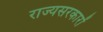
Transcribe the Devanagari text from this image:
राज्यसरकारों